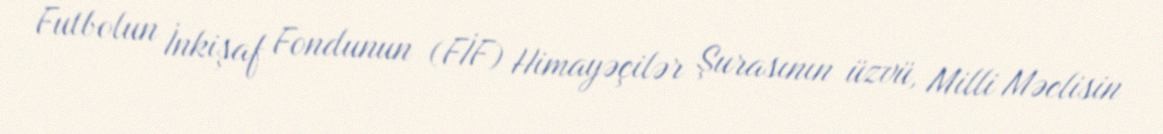
Futbolun İnkişaf Fondunun (FİF) Himayəçilər Şurasının üzvü, Milli Məclisin